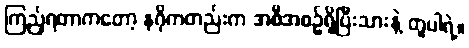
ကြည့်ရတာကတော့ နဂိုကတည်းက အစီအစဉ်ရှိပြီးသားနဲ့ တူပါရဲ့။